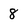
Character: 8